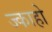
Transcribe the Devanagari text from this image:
ज्काहो